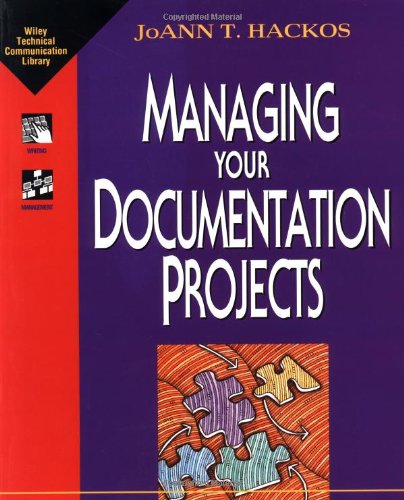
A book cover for Managing Your Documentation Projects; JoAnn T. Hackos; Test Preparation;